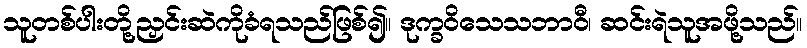
သူတစ်ပါးတို့ညှင်းဆဲကိုခံရသည်ဖြစ်၍။ ဒုက္ခဝိသေသဘာဝီ၊ ဆင်းရဲသူအဖို့သည်။